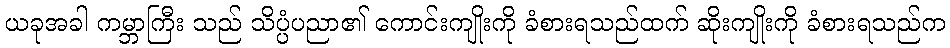
ယခုအခါ ကမ္ဘာကြီး သည် သိပ္ပံပညာ၏ ကောင်းကျိုးကို ခံစားရသည်ထက် ဆိုးကျိုးကို ခံစားရသည်က